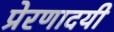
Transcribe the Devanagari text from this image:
प्रेरणादयी